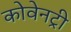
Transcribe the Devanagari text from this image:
कोवेनट्री